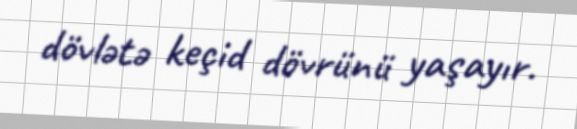
dövlətə keçid dövrünü yaşayır.